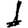
Digit: 1